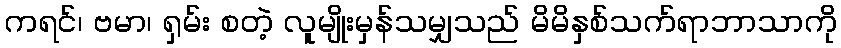
ကရင်၊ ဗမာ၊ ရှမ်း စတဲ့ လူမျိုးမှန်သမျှသည် မိမိနှစ်သက်ရာဘာသာကို